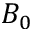
B _ { 0 }